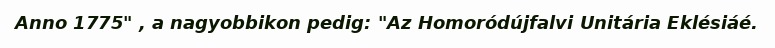
Anno 1775" , a nagyobbikon pedig: "Az Homoródújfalvi Unitária Eklésiáé.